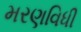
મરણવિધી